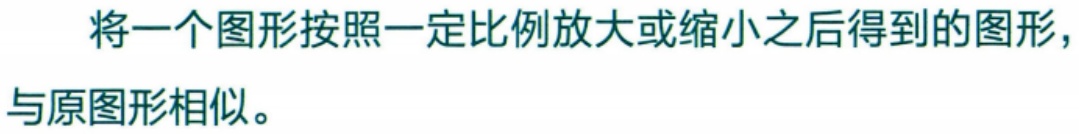
将一个图形按照一定比例放大或缩小之后得到的图形，与原图形相似。